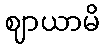
ဈာယာမိ